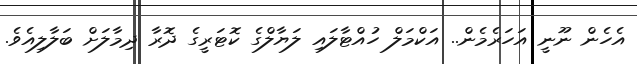
އެހެން ނޫނީ އަހަރެމެން.. އަކްމަލް ހުއްޓާލައި ލަޔާލްގެ ކޮޓަރީގެ ދޮރާ ދިމާލަށް ބަލާލިއެވެ.